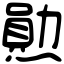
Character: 𤏩